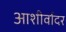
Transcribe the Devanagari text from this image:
आशीर्वादर